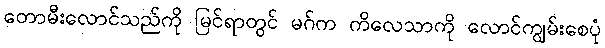
တောမီးလောင်သည်ကို မြင်ရာတွင် မဂ်က ကိလေသာကို လောင်ကျွမ်းစေပုံ